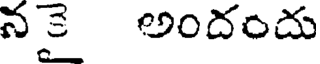
నకై అందందు